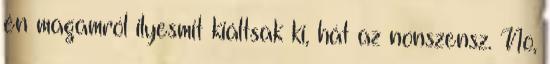
én magamról ilyesmit kiáltsak ki, hát az nonszensz. No,